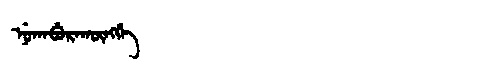
Manchu: ᠨᡠᡴᠠᠪᡠᡵᠠᡴᡡᠩᡤᡝ
Romanization: NUKABURAKŪNGGE